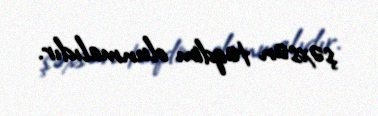
şəxsən təqdim olunmalıdır.